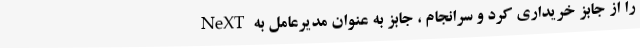
NeXT را از جابز خریداری کرد و سرانجام ، جابز به عنوان مدیرعامل به